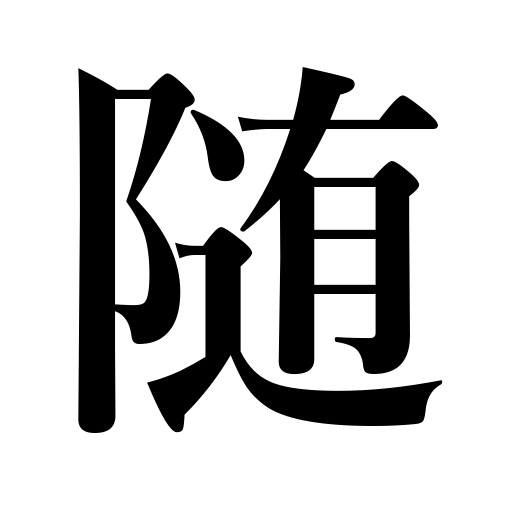
Meanings: at the mercy of the waves